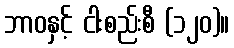
ဘာဝနှင့် ငါးစည်းစီ (၁၂၀)။